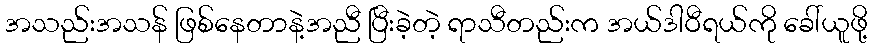
အသည်းအသန် ဖြစ်နေတာနဲ့အညီ ပြီးခဲ့တဲ့ ရာသီတည်းက အယ်ဒါဝီရယ်ကို ခေါ်ယူဖို့